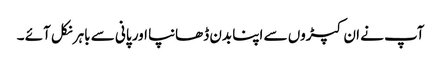
آپ نے ان کپڑوں سے اپنا بدن ڈھانپا اور پانی سے باہر نکل آئے ۔